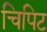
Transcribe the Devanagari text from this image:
चिपिट